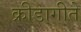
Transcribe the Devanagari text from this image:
क्रीडागीते